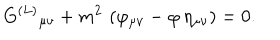
G ^ { ( L ) } { } _ { \mu \nu } + m ^ { 2 } \, \left( \varphi _ { \mu \nu } - \varphi \, \eta _ { \mu \nu } \right) = 0 .